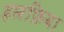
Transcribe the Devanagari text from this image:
हलफ़िया